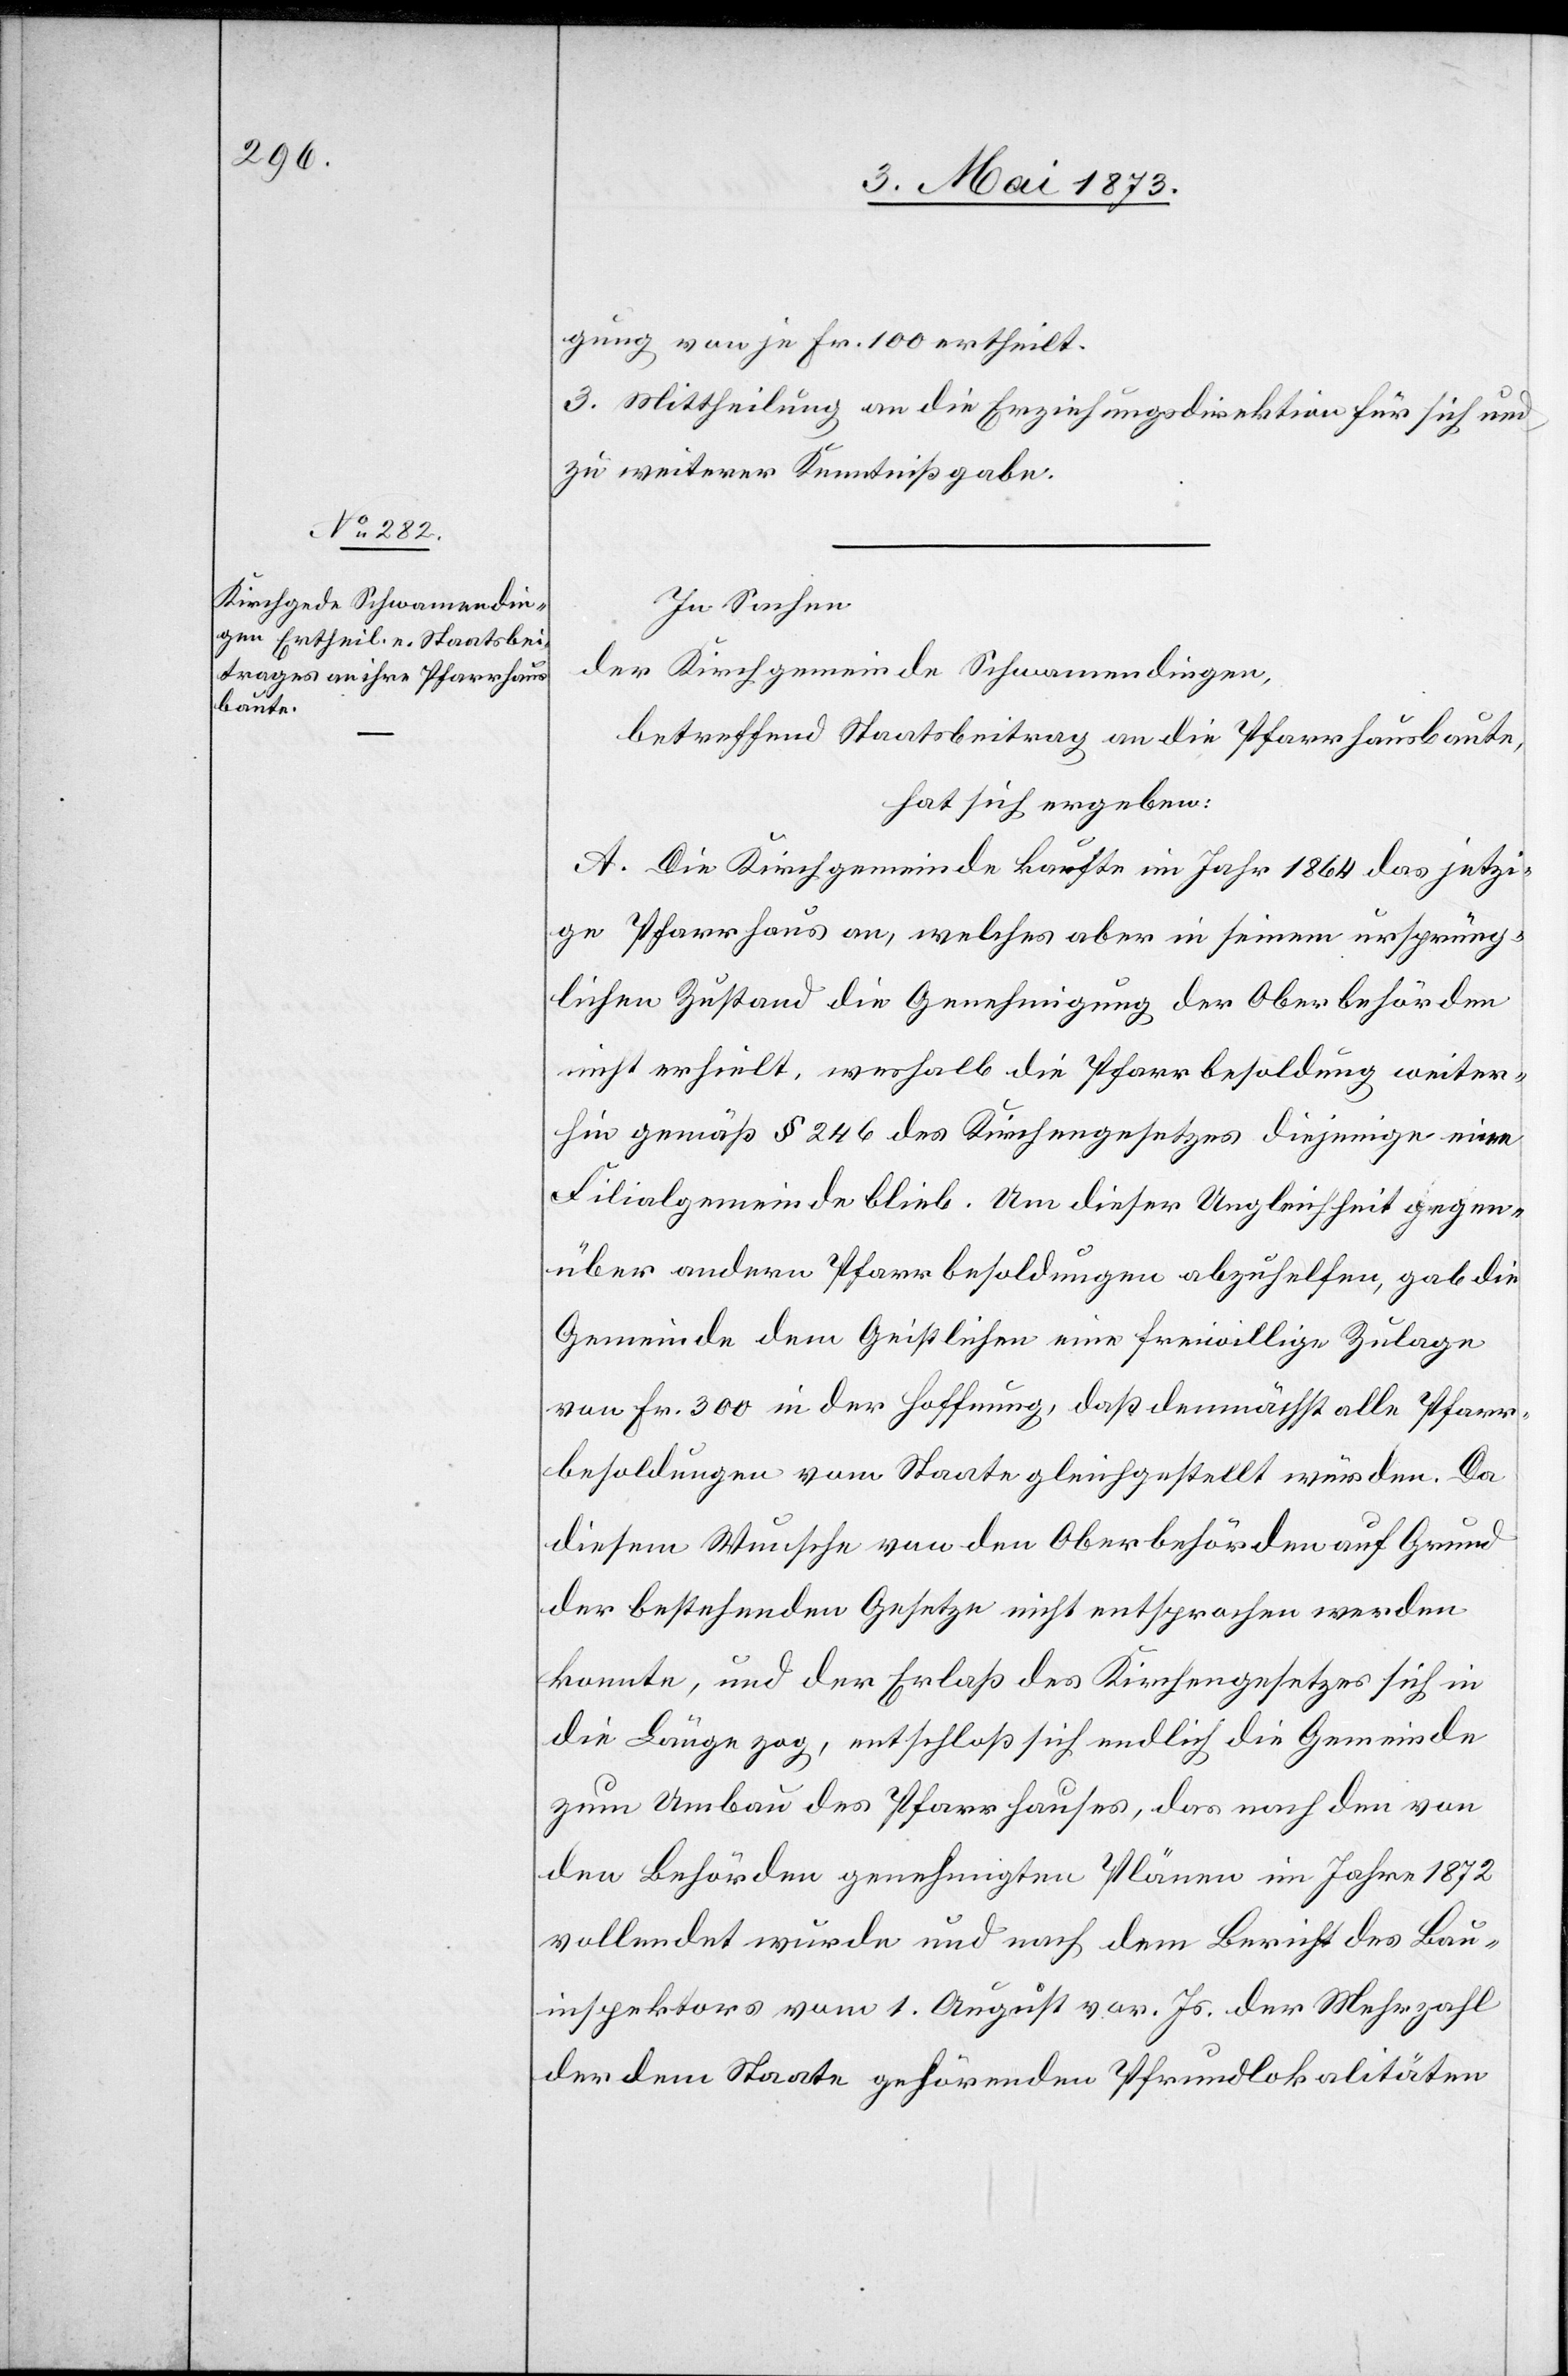
gung von je Fr. 100 ertheilt.
3. Mittheilung an die Erziehungsdirektion für sich und
zu weiterer Kenntnißgabe.
In Sachen
der Kirchgemeinde Schwamendingen,
betreffend Staatsbeitrag an die Pfarrhausbaute,
hat sich ergeben:
A. Die Kirchgemeinde kaufte im Jahr 1864 das jetzi¬
ge Pfarrhaus an, welches aber in seinem ursprüng¬
lichen Zustand die Genehmigung der Oberbehörden
nicht erhielt, weshalb die Pfarrbesoldung weiter¬
hin gemäß § 246 des Kirchengesetzes diejenige eine[r]
Filialgemeinde blieb. Um dieser Ungleichheit gegen¬
über andern Pfarrbesoldungen abzuhelfen, gab die
Gemeinde dem Geistlichen eine freiwillige Zulage
von Fr. 300 in der Hoffnung, daß demnächst alle Pfarr¬
besoldungen vom Staate gleichgestellt würden. Da
diesem Wunsche von den Oberbehörden auf Grund
der bestehenden Gesetze nicht entsprochen werden
konnte, und der Erlaß des Kirchengesetzes sich in
die Länge zog, entschloß sich endlich die Gemeinde
zum Umbau des Pfarrhauses, das nach den von
den Behörden genehmigten Plänen im Jahre 1872
vollendet würde und nach dem Bericht des Bau¬
inspektors vom 1. August vor. Js. der Mehrzahl
der dem Staate gehörenden Pfrundlokalitäten